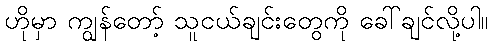
ဟိုမှာ ကျွန်တော့် သူငယ်ချင်းတွေကို ခေါ်ချင်လို့ပါ။